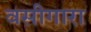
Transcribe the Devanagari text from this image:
वसीगारा